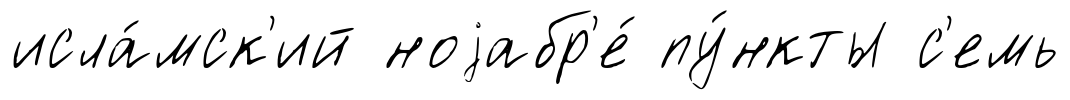
исла́мск'ий ноjабр'е́ пу́нкты с'емь